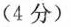
(4分)